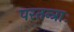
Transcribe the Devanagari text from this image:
परतन्त्राः